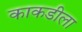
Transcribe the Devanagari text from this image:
काकडीला